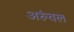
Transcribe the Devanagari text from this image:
अरुंचल